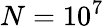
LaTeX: N=10^{7}